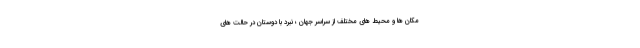
مکان ها و محیط های مختلف از سراسر جهان ؛ نبرد با دوستان در حالت های